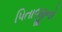
પિતાજીનો